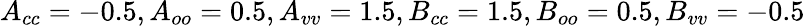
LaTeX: A_{cc}=-0.5,A_{oo}=0.5,A_{vv}=1.5,B_{cc}=1.5,B_{oo}=0.5,B_{vv}=-0.5